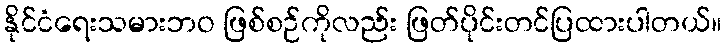
နိုင်ငံရေးသမားဘဝ ဖြစ်စဉ်ကိုလည်း ဖြတ်ပိုင်းတင်ပြထားပါတယ်။